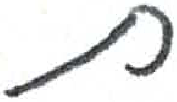
אות: ת